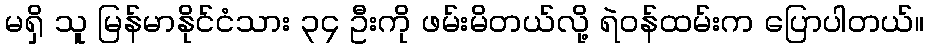
မရှိ သူ မြန်မာနိုင်ငံသား ၃၄ ဦးကို ဖမ်းမိတယ်လို့ ရဲဝန်ထမ်းက ပြောပါတယ်။